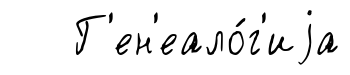
Г'ен'еало́г'иjа